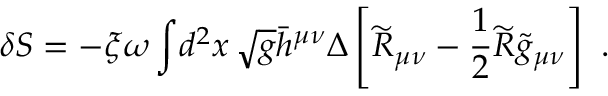
\delta S = - \xi \omega \int \! d ^ { 2 } x \, \sqrt { g } \bar { h } ^ { \mu \nu } \Delta \left[ \widetilde { R } _ { \mu \nu } - { \frac { 1 } { 2 } } \widetilde { R } \widetilde { g } _ { \mu \nu } \right] \ .